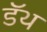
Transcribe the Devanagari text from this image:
डॅथ